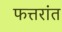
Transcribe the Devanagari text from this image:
फत्तरांत